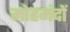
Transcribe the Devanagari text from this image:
मोहमंदों